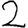
Digit: 2